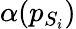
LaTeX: \alpha(p_{S_{i}})